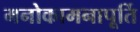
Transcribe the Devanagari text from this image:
मनोकामनापूर्ति